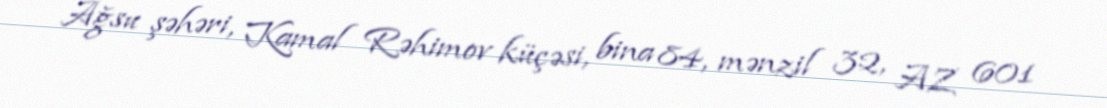
Ağsu şəhəri, Kamal Rəhimov küçəsi, bina 84, mənzil 32, AZ 601